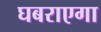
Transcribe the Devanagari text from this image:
घबराएगा